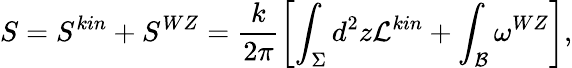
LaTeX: S=S^{kin}+S^{WZ}=\frac{k}{2\pi}\left[\int_{\Sigma}d^{2}z{\cal L}^{kin}+\int_{\cal B}\omega^{WZ}\right],